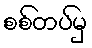
စစ်တပ်မှ